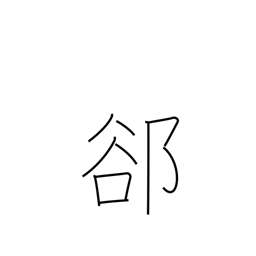
Meaning: interstice